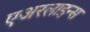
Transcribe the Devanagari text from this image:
एअरलाइन्‍स